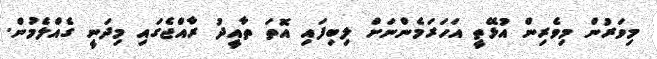
މިވަރުން މިވެރިން އުޅޭތީ އަހަރަމެންނަށް ލިބިފައި އޮތަ ތާއީދު ރާއްޖެގައި މިދަނީ ގެއްލެމުން.